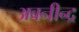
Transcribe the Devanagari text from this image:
अवनीन्द्र